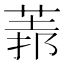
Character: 𦳻